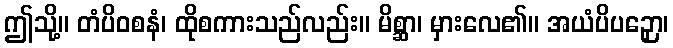
ဤသို့။ တံပိဝစနံ၊ ထိုစကားသည်လည်း။ မိစ္ဆာ၊ မှားလေ၏။ အယံပိပဉှော၊